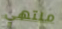
منتهي